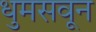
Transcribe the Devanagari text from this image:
धुमसवून